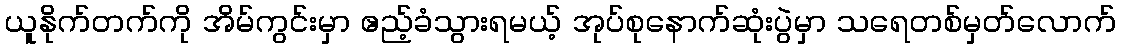
ယူနိုက်တက်ကို အိမ်ကွင်းမှာ ဧည့်ခံသွားရမယ့် အုပ်စုနောက်ဆုံးပွဲမှာ သရေတစ်မှတ်လောက်